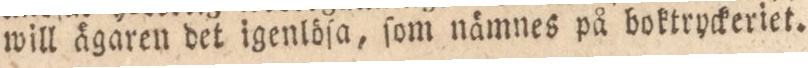
will ägaren det igenlöſa, ſom nämnes på boktryckeriet.